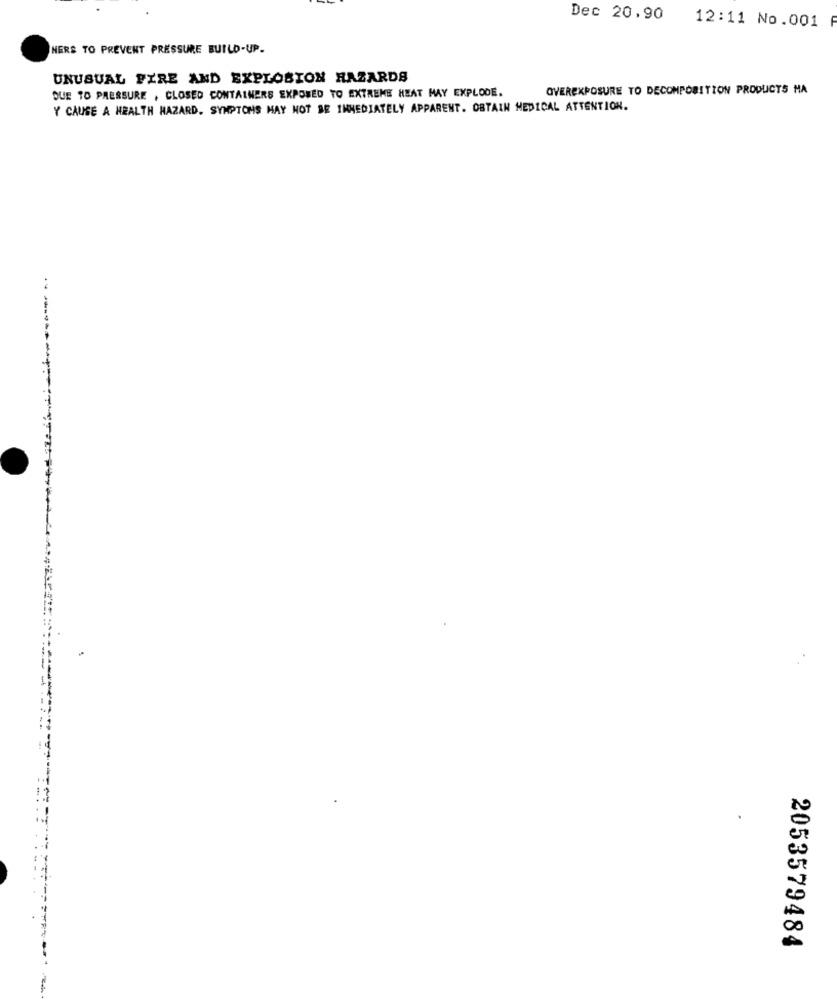
Dec 20,90
12:11 No.001
HERE TO PREVENT PRESSURE BUILD-UP.
UNUSUAL FIRE AND EXPLOSION HAZARDS
OVEREXPOSURE TO DECOMPOSITION PRODUCTS MA
DUE TO PRESSURE , CLOSED CONTAINERS EXPOSED TO EXTREME HEAT MAY EXPLODE.
Y CAUSE A HEALTH HAZARD. SYMPTOMS MAY NOT BE IMMEDIATELY APPARENT. OBTAIN MEDICAL ATTENTION.
2053579484